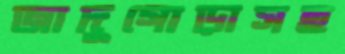
জাদুগোড়াসহ